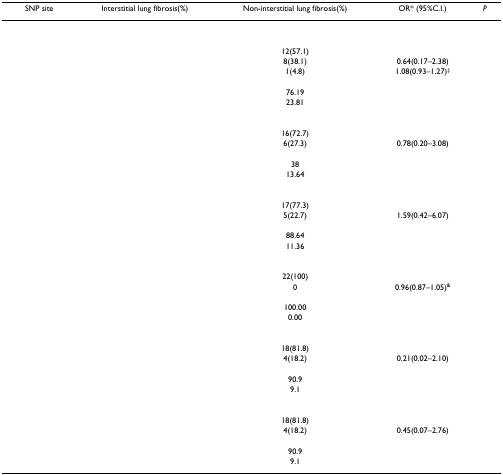
<table><thead><tr><td><b>SNP site</b></td><td><b>Interstitial lung fibrosis(%)</b></td><td><b>Non-interstitial lung fibrosis(%)</b></td><td><b>OR* (95%C.I.)</b></td><td><b><i>P</i></b></td></tr></thead><tbody><tr><td>[EMPTY_CELL]</td><td>[EMPTY_CELL]</td><td>[EMPTY_CELL]</td><td>[EMPTY_CELL]</td><td>[EMPTY_CELL]</td></tr><tr><td>[EMPTY_CELL]</td><td>[EMPTY_CELL]</td><td>[EMPTY_CELL]</td><td>[EMPTY_CELL]</td><td>[EMPTY_CELL]</td></tr><tr><td>[EMPTY_CELL]</td><td>[EMPTY_CELL]</td><td>12(57.1)</td><td>[EMPTY_CELL]</td><td>[EMPTY_CELL]</td></tr><tr><td>[EMPTY_CELL]</td><td>[EMPTY_CELL]</td><td>8(38.1)</td><td>0.64(0.17–2.38)</td><td>[EMPTY_CELL]</td></tr><tr><td>[EMPTY_CELL]</td><td>[EMPTY_CELL]</td><td>1(4.8)</td><td>1.08(0.93–1.27)<sup>‡</sup></td><td>[EMPTY_CELL]</td></tr><tr><td>[EMPTY_CELL]</td><td>[EMPTY_CELL]</td><td>[EMPTY_CELL]</td><td>[EMPTY_CELL]</td><td>[EMPTY_CELL]</td></tr><tr><td>[EMPTY_CELL]</td><td>[EMPTY_CELL]</td><td>76.19</td><td>[EMPTY_CELL]</td><td>[EMPTY_CELL]</td></tr><tr><td>[EMPTY_CELL]</td><td>[EMPTY_CELL]</td><td>23.81</td><td>[EMPTY_CELL]</td><td>[EMPTY_CELL]</td></tr><tr><td>[EMPTY_CELL]</td><td>[EMPTY_CELL]</td><td>[EMPTY_CELL]</td><td>[EMPTY_CELL]</td><td>[EMPTY_CELL]</td></tr><tr><td>[EMPTY_CELL]</td><td>[EMPTY_CELL]</td><td>[EMPTY_CELL]</td><td>[EMPTY_CELL]</td><td>[EMPTY_CELL]</td></tr><tr><td>[EMPTY_CELL]</td><td>[EMPTY_CELL]</td><td>16(72.7)</td><td>[EMPTY_CELL]</td><td>[EMPTY_CELL]</td></tr><tr><td>[EMPTY_CELL]</td><td>[EMPTY_CELL]</td><td>6(27.3)</td><td>0.78(0.20–3.08)</td><td>[EMPTY_CELL]</td></tr><tr><td>[EMPTY_CELL]</td><td>[EMPTY_CELL]</td><td>[EMPTY_CELL]</td><td>[EMPTY_CELL]</td><td>[EMPTY_CELL]</td></tr><tr><td>[EMPTY_CELL]</td><td>[EMPTY_CELL]</td><td>38</td><td>[EMPTY_CELL]</td><td>[EMPTY_CELL]</td></tr><tr><td>[EMPTY_CELL]</td><td>[EMPTY_CELL]</td><td>13.64</td><td>[EMPTY_CELL]</td><td>[EMPTY_CELL]</td></tr><tr><td>[EMPTY_CELL]</td><td>[EMPTY_CELL]</td><td>[EMPTY_CELL]</td><td>[EMPTY_CELL]</td><td>[EMPTY_CELL]</td></tr><tr><td>[EMPTY_CELL]</td><td>[EMPTY_CELL]</td><td>[EMPTY_CELL]</td><td>[EMPTY_CELL]</td><td>[EMPTY_CELL]</td></tr><tr><td>[EMPTY_CELL]</td><td>[EMPTY_CELL]</td><td>17(77.3)</td><td>[EMPTY_CELL]</td><td>[EMPTY_CELL]</td></tr><tr><td>[EMPTY_CELL]</td><td>[EMPTY_CELL]</td><td>5(22.7)</td><td>1.59(0.42–6.07)</td><td>[EMPTY_CELL]</td></tr><tr><td>[EMPTY_CELL]</td><td>[EMPTY_CELL]</td><td>[EMPTY_CELL]</td><td>[EMPTY_CELL]</td><td>[EMPTY_CELL]</td></tr><tr><td>[EMPTY_CELL]</td><td>[EMPTY_CELL]</td><td>88.64</td><td>[EMPTY_CELL]</td><td>[EMPTY_CELL]</td></tr><tr><td>[EMPTY_CELL]</td><td>[EMPTY_CELL]</td><td>11.36</td><td>[EMPTY_CELL]</td><td>[EMPTY_CELL]</td></tr><tr><td>[EMPTY_CELL]</td><td>[EMPTY_CELL]</td><td>[EMPTY_CELL]</td><td>[EMPTY_CELL]</td><td>[EMPTY_CELL]</td></tr><tr><td>[EMPTY_CELL]</td><td>[EMPTY_CELL]</td><td>[EMPTY_CELL]</td><td>[EMPTY_CELL]</td><td>[EMPTY_CELL]</td></tr><tr><td>[EMPTY_CELL]</td><td>[EMPTY_CELL]</td><td>22(100)</td><td>[EMPTY_CELL]</td><td>[EMPTY_CELL]</td></tr><tr><td>[EMPTY_CELL]</td><td>[EMPTY_CELL]</td><td>0</td><td>0.96(0.87–1.05)<sup>&amp;</sup></td><td>[EMPTY_CELL]</td></tr><tr><td>[EMPTY_CELL]</td><td>[EMPTY_CELL]</td><td>[EMPTY_CELL]</td><td>[EMPTY_CELL]</td><td>[EMPTY_CELL]</td></tr><tr><td>[EMPTY_CELL]</td><td>[EMPTY_CELL]</td><td>100.00</td><td>[EMPTY_CELL]</td><td>[EMPTY_CELL]</td></tr><tr><td>[EMPTY_CELL]</td><td>[EMPTY_CELL]</td><td>0.00</td><td>[EMPTY_CELL]</td><td>[EMPTY_CELL]</td></tr><tr><td>[EMPTY_CELL]</td><td>[EMPTY_CELL]</td><td>[EMPTY_CELL]</td><td>[EMPTY_CELL]</td><td>[EMPTY_CELL]</td></tr><tr><td>[EMPTY_CELL]</td><td>[EMPTY_CELL]</td><td>[EMPTY_CELL]</td><td>[EMPTY_CELL]</td><td>[EMPTY_CELL]</td></tr><tr><td>[EMPTY_CELL]</td><td>[EMPTY_CELL]</td><td>18(81.8)</td><td>[EMPTY_CELL]</td><td>[EMPTY_CELL]</td></tr><tr><td>[EMPTY_CELL]</td><td>[EMPTY_CELL]</td><td>4(18.2)</td><td>0.21(0.02–2.10)</td><td>[EMPTY_CELL]</td></tr><tr><td>[EMPTY_CELL]</td><td>[EMPTY_CELL]</td><td>[EMPTY_CELL]</td><td>[EMPTY_CELL]</td><td>[EMPTY_CELL]</td></tr><tr><td>[EMPTY_CELL]</td><td>[EMPTY_CELL]</td><td>90.9</td><td>[EMPTY_CELL]</td><td>[EMPTY_CELL]</td></tr><tr><td>[EMPTY_CELL]</td><td>[EMPTY_CELL]</td><td>9.1</td><td>[EMPTY_CELL]</td><td>[EMPTY_CELL]</td></tr><tr><td>[EMPTY_CELL]</td><td>[EMPTY_CELL]</td><td>[EMPTY_CELL]</td><td>[EMPTY_CELL]</td><td>[EMPTY_CELL]</td></tr><tr><td>[EMPTY_CELL]</td><td>[EMPTY_CELL]</td><td>[EMPTY_CELL]</td><td>[EMPTY_CELL]</td><td>[EMPTY_CELL]</td></tr><tr><td>[EMPTY_CELL]</td><td>[EMPTY_CELL]</td><td>18(81.8)</td><td>[EMPTY_CELL]</td><td>[EMPTY_CELL]</td></tr><tr><td>[EMPTY_CELL]</td><td>[EMPTY_CELL]</td><td>4(18.2)</td><td>0.45(0.07–2.76)</td><td>[EMPTY_CELL]</td></tr><tr><td>[EMPTY_CELL]</td><td>[EMPTY_CELL]</td><td>[EMPTY_CELL]</td><td>[EMPTY_CELL]</td><td>[EMPTY_CELL]</td></tr><tr><td>[EMPTY_CELL]</td><td>[EMPTY_CELL]</td><td>90.9</td><td>[EMPTY_CELL]</td><td>[EMPTY_CELL]</td></tr><tr><td>[EMPTY_CELL]</td><td>[EMPTY_CELL]</td><td>9.1</td><td>[EMPTY_CELL]</td><td>[EMPTY_CELL]</td></tr></tbody></table>